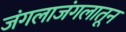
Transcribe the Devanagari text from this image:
जंगलाजंगलातून